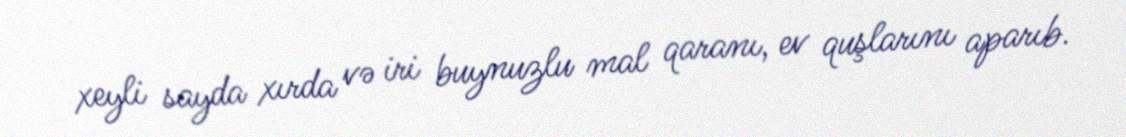
xeyli sayda xırda və iri buynuzlu mal qaranı, ev quşlarını aparıb.